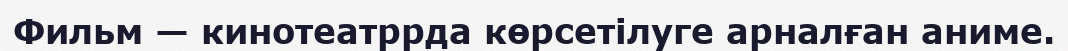
Фильм — кинотеатррда көрсетілуге арналған аниме.